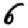
Digit: 6